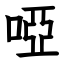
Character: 啞